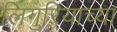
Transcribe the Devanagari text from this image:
लिगुरियाच्या